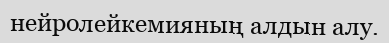
нейролейкемияның алдын алу.